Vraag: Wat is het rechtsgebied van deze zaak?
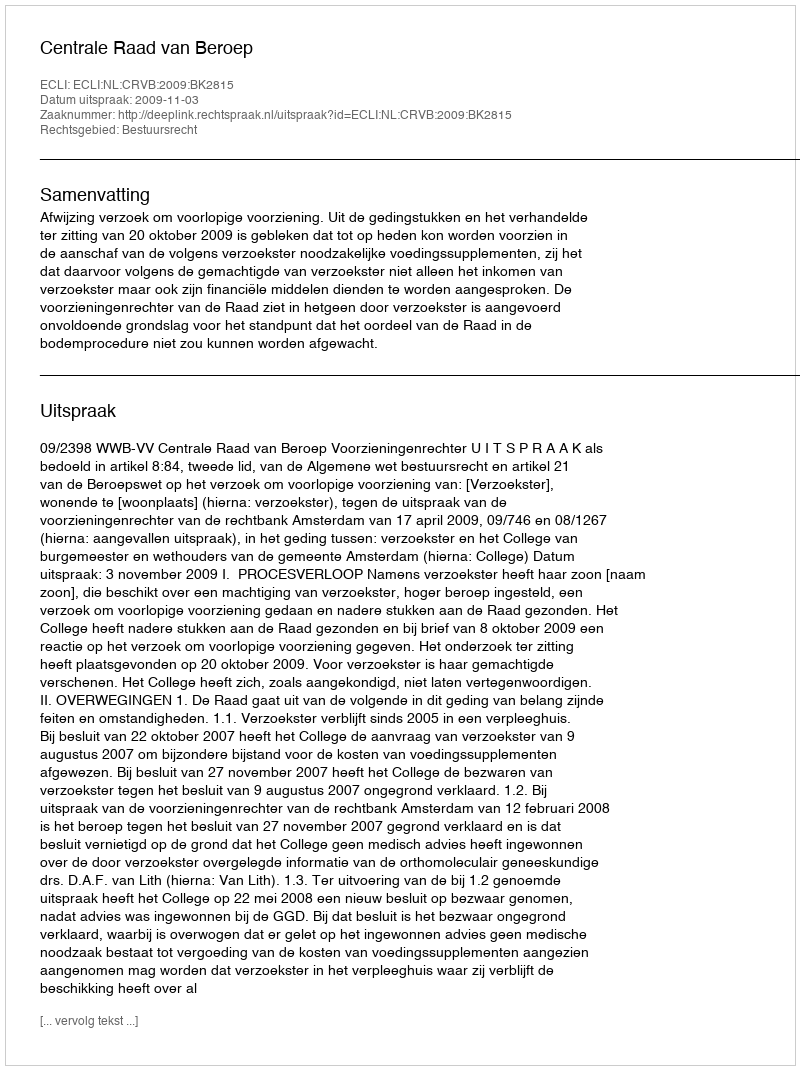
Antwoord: Bestuursrecht